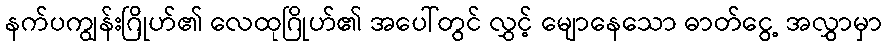
နက်ပကျွန်းဂြိုဟ်၏ လေထုဂြိုဟ်၏ အပေါ်တွင် လွှင့် မျောနေသော ဓာတ်ငွေ့ အလွှာမှာ